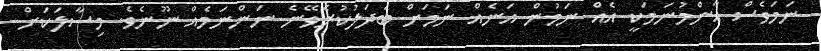
ނަމަވެސް އާންމުނަމަކީ އެއް ނަމުން އަނެއް ނަމަށް ބަދަލުކުރެވޭނެ ނަންނަމެއް ނޫނެވެ. މިސާލަކަށް